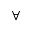
\forall